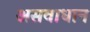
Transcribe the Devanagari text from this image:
असवाधान